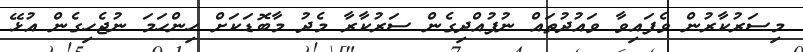
މިސަރުކާރުން ވެފައިވާ ވައުދުތައް ނުފުއްދިގެން ސަރުކާރާ މެދު މާބޮޑަކަށް ހިންހަމަ ނުޖެހިގެން އުޅޭ